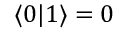
\langle 0 \lvert 1 \rangle = 0